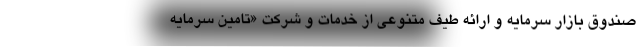
صندوق بازار سرمایه و ارائه طیف متنوعی از خدمات و شرکت «تامین سرمایه